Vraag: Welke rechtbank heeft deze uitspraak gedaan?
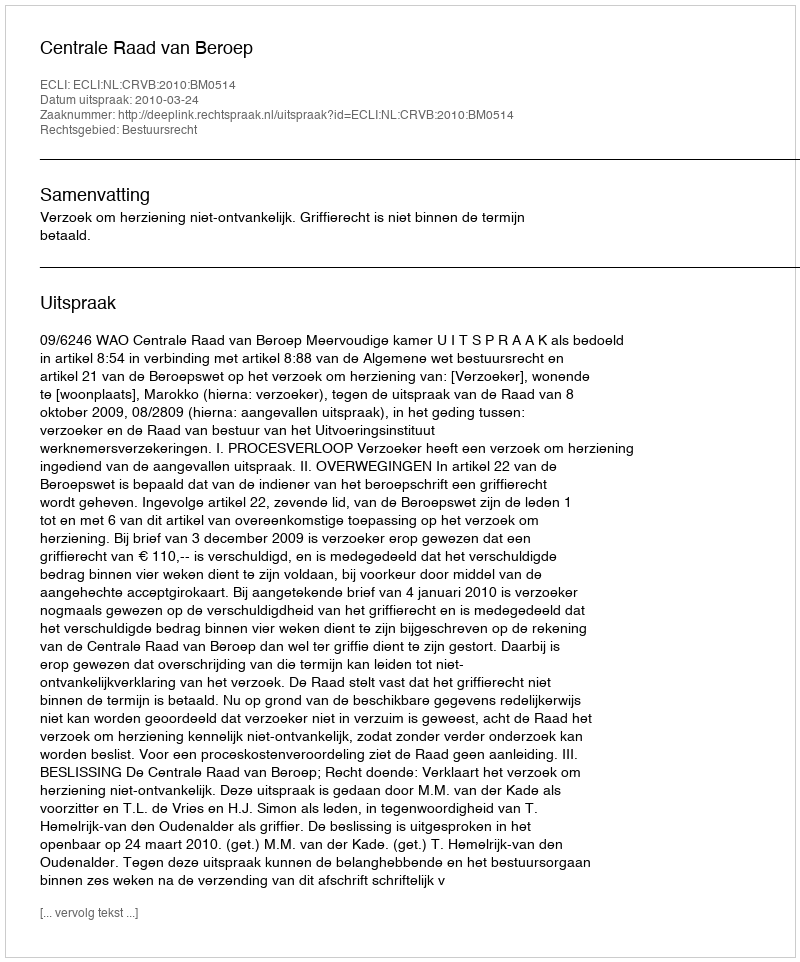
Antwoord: Centrale Raad van Beroep